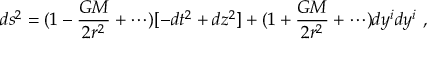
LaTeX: d s ^ { 2 } = ( 1 - { \frac { G M } { 2 r ^ { 2 } } } + \cdots ) [ - d t ^ { 2 } + d z ^ { 2 } ] + ( 1 + { \frac { G M } { 2 r ^ { 2 } } } + \cdots ) d y ^ { i } d y ^ { i } \ ,